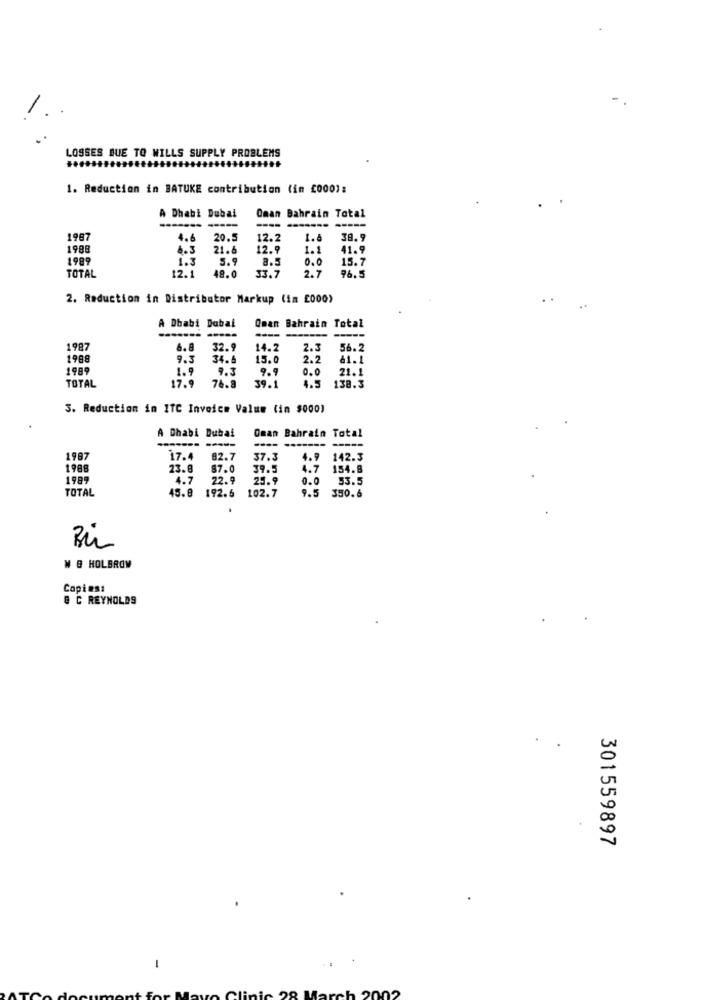
LOSSES BUE TO WILLS SUPPLY PROBLEMS
......
1. Reduction in BATUKE contribution (in £0001:
A Dhabi Dubai
Oman Bahrain Total
----
1987
4. 6
20.5
12.2
1.8
38.9
1988
6.3
21.6
12.9
1.1
41.9
1989
1.3
5.9
8.5
0.0
15.7
12.1.
49.0
2.7
TOTAL
96.5
2. Reduction in Distributor Markup (im £000)
A Dhabi Dubal
Oman Bahrain Total
1987
6.8
32.9
14.2
2.3
56.2
1988
9.3
34. 6
15.0
2.2
61.1
1989
1.9
9.3
9.9
0.0
21. 1
TOTAL
17.9
39.1
4.5
138.3
76.8
3. Reduction in ITC Invoice Value (in $000)
A Dhabi Dubai
Oman Bahrain Total
------ ----
1987
17.4
82.7
37.3
4.9
142.3
1988
23.8
87.0
39.5
4.7
154.8
1989
4.7
22.9
25.9
0.0
53.5
TOTAL
45. 8
192.6
102.7
9.5 350.6
Bir
W @ HOLBROW
Copies:
& C REYNOLDS
301559897
arch 2002